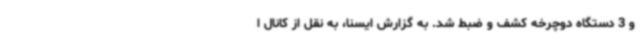
و 3 دستگاه دوچرخه کشف و ضبط شد. به گزارش ایسنا، به نقل از کانال ا